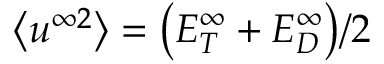
\big < u ^ { \infty 2 } \big > = \big ( E _ { T } ^ { \infty } + E _ { D } ^ { \infty } \big ) / 2